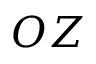
O Z